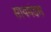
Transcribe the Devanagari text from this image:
सायमंडस